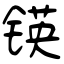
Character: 锳